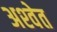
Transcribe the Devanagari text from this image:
अश्‍वेत